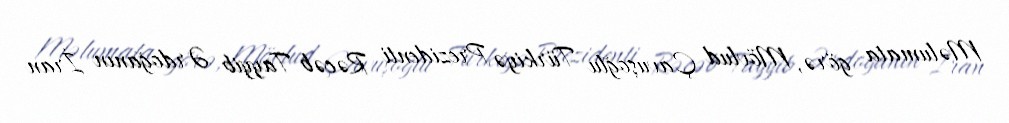
Məlumata görə, Mövlud Çavuşoğlu Türkiyə Prezidenti Rəcəb Tayyib Ərdoğanın İran